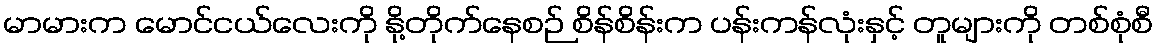
မာမားက မောင်ငယ်လေးကို နို့တိုက်နေစဉ် စိန်စိန်းက ပန်းကန်လုံးနှင့် တူများကို တစ်စုံစီ